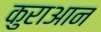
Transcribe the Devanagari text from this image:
कुराआन